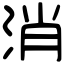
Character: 消